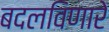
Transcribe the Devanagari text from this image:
बदलविणारे